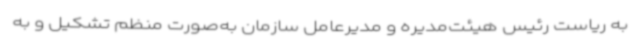
به ریاست رئیس هیئت‌مدیره و مدیرعامل سازمان به‌صورت منظم تشکیل و به